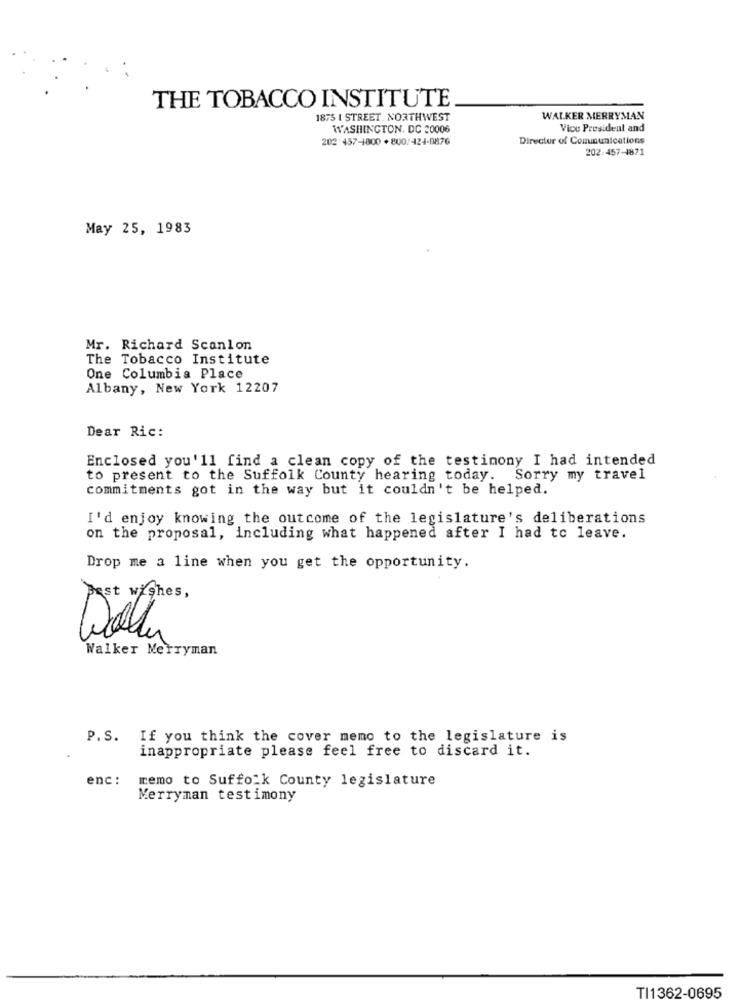
THE TOBACCO INSTITUTE
1875 1 STREET. NORTHWEST
WALKER MERRYMAN
WASHINGTON, DC 20006
Vice President and
202 457-1800 + 800/424-8876
Director of Communications
202-457-1871
May 25, 1983
Mr. Richard Scanlon
The Tobacco Institute
One Columbia Place
Albany, New York 12207
Dear Ric:
Enclosed you'll find a clean copy of the testimony I had intended
to present to the Suffolk County hearing today. Sorry my travel
commitments got in the way but it couldn't be helped.
I'd enjoy knowing the outcome of the legislature's deliberations
on the proposal, including what happened after I had to leave.
Drop me a line when you get the opportunity.
Best wishes ,
Walker Merryman
P.S. If you think the cover memo to the legislature is
inappropriate please feel free to discard it.
enc :
memo to Suffolk County legislature
Merryman testimony
TI1362-0695